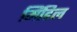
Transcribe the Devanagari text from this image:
मिंडिल